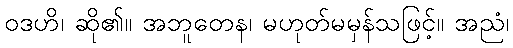
ဝဒဟိ၊ ဆို၏။ အဘူတေန၊ မဟုတ်မမှန်သဖြင့်။ အညံ၊